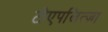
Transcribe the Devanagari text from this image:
टोएपलित्ज़ा